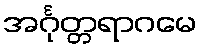
အင်္ဂုတ္တရာဂမေ